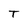
Character: T